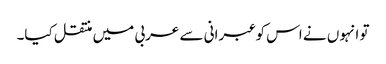
تو انہوں نے اس کو عبرانی سے عربی میں منتقل کیا۔